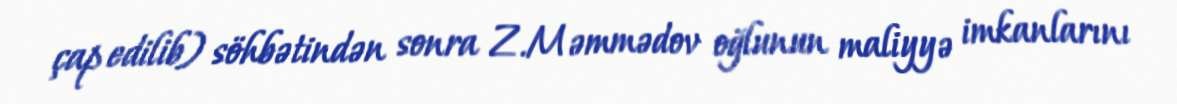
çap edilib) söhbətindən sonra Z.Məmmədov oğlunun maliyyə imkanlarını